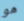
هو